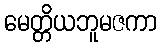
မေတ္တိယဘူမဇကာ